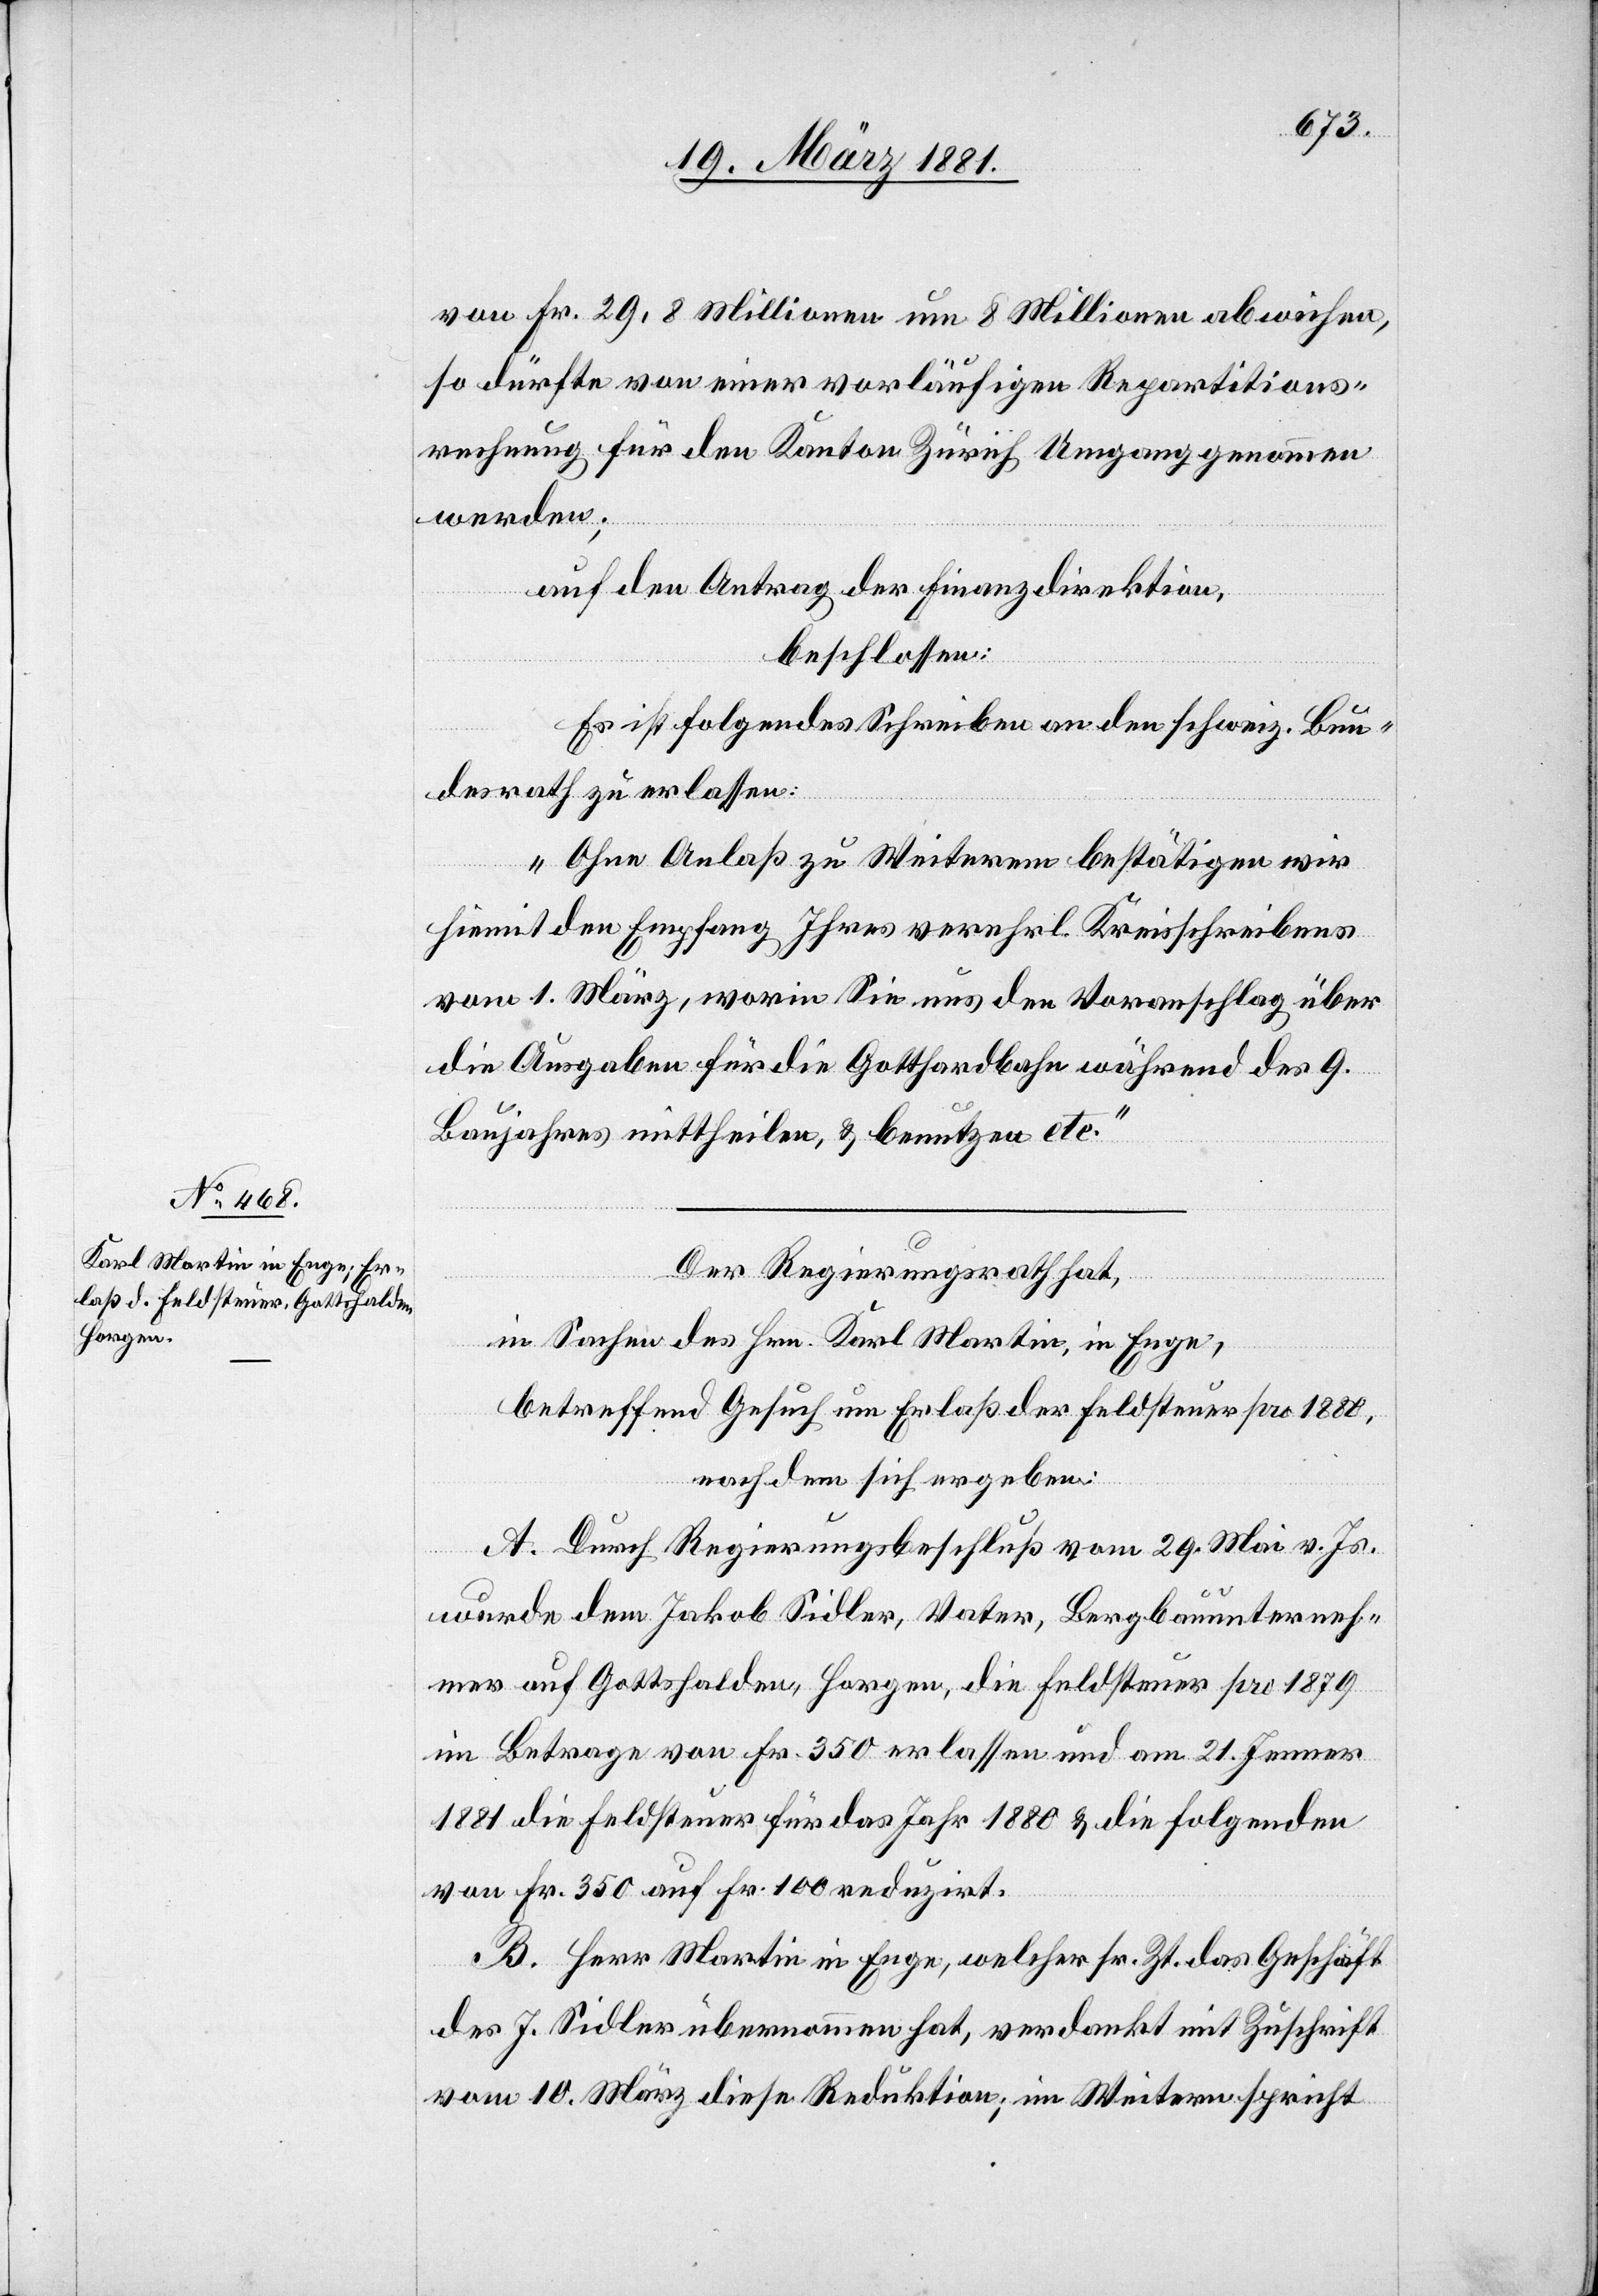
so dürfte von einer vorläufigen Requisitions¬
rechnung für den Kanton Zürich Umgang genommen
werden;
auf den Antrag der Finanzdirektion,
beschlossen:
Es ist folgendes Schreiben an den schweiz. Bun¬
desrath zu erlassen:
„Ohne Anlaß zu Weiterem bestätigen wir
hiemit den Empfang Ihres verehrl. Kreisschreibens
vom 1. März, worin Sie und den Voranschlag über
die Ausgaben für die Gotthardbahn während des 9.
Baujahres mittheilen, & benutzen etc.“
Der Regierungsrath hat,
in Sachen des Hrn. Karl Martin, in Enge,
betreffend Gesuch um Erlaß der Feldsteuer pro 1880,
nachdem sich ergeben:
A. Durch Regierungsbeschluß vom 19. Mai v. Js.
nen
wurde dem Jakob Sidler, Vater, Bergbauunterneh¬
mer auf Gottshalden, Horgen, die Feldsteuer pro 1879
im Betrage von Fr. 350 erlassen und am 21. Jenner
1881 die Feldsteuer für das Jahr 1880 & die folgenden
von Fr. 350 auf Fr. 100 reduzirt.
B. Herr Martin in Enge, welcher sr. Zt. das Geschäft
des J. Sidler übernommen hat, verdankt mit Zuschrift
vom 10. März diese Reduktion; im Weitern spricht